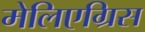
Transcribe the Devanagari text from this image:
मेलिएग्रिस